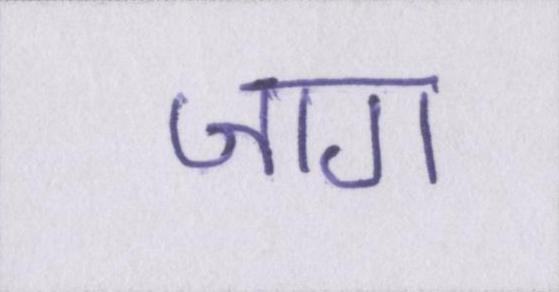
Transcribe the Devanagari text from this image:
जाग